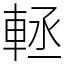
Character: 䡕